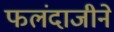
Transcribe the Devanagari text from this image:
फलंदाजीने